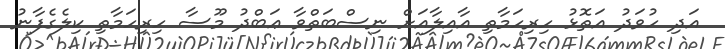
އަދި ހުވަދު އަތޮޅު ހިރިހަމާތި އާއިލާއަށް ނިސްބަތްވާ ޢަބްދު މޫސާ ހިރިހަމާތި ކިލެގެފާނު